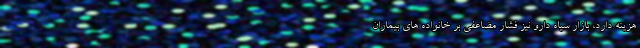
هزینه دارد، بازار سیاه دارو نیز فشار مضاعفی بر خانواده های بیماران